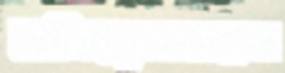
বলিরেখাগুলো